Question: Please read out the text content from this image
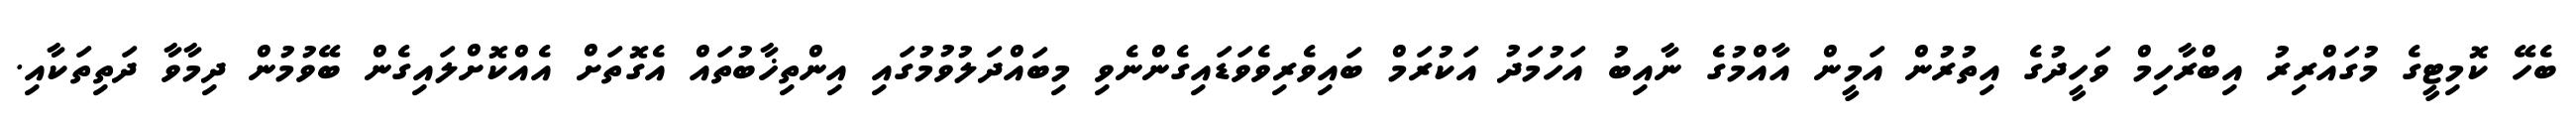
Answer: ބެހޭ ކޮމިޓީގެ މުގައްރިރު އިބްރާހިމް ވަހީދުގެ އިތުރުން އަމީން އާއްމުގެ ނާއިބު އަހުމަދު އަކުރަމް ބައިވެރިވެވަޑައިގެންނެވި މިބައްދަލުވުމުގައި އިންތިޚާބުތައް އެގޮތަށް އެއްކޮށްލައިގެން ބޭވުމުން ދިމާވާ ދަތިތަކާއި.